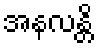
အနလန္တိ